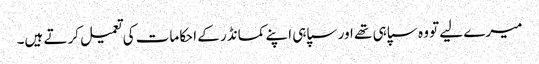
میرے لیے تو وہ سپاہی تھے اور سپاہی اپنے کمانڈر کے احکامات کی تعمیل کرتے ہیں۔